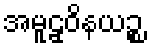
အမူဠှဝိနယဉ္စ